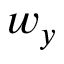
w _ { y }